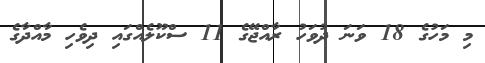
މި މަހުގެ 18 ވަނަ ދުވަހު ރާއްޖޭގެ 11 ސްކޫލެއްގައި ދިވެހި މާއްދާގެ